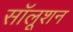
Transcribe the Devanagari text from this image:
सॉलूशन